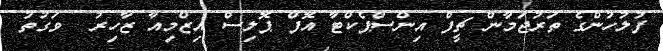
ފުލުހުންގެ ތަރުޖަމާން ޗީފް އިންސްޕެކްޓާ އޮފް ޕޮލިސް އިޒްމިއާ ޒާހިރު  ވަގުތު